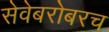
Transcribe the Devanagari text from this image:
सेवेबरोबरच